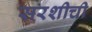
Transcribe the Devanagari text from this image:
सरशीची